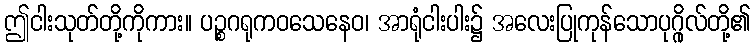
ဤငါးသုတ်တို့ကိုကား။ ပဉ္စဂရုကဝသေနေဝ၊ အာရုံငါးပါး၌ အလေးပြုကုန်သောပုဂ္ဂိုလ်တို့၏